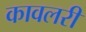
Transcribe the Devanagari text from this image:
कावलरी